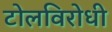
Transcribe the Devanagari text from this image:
टोलविरोधी